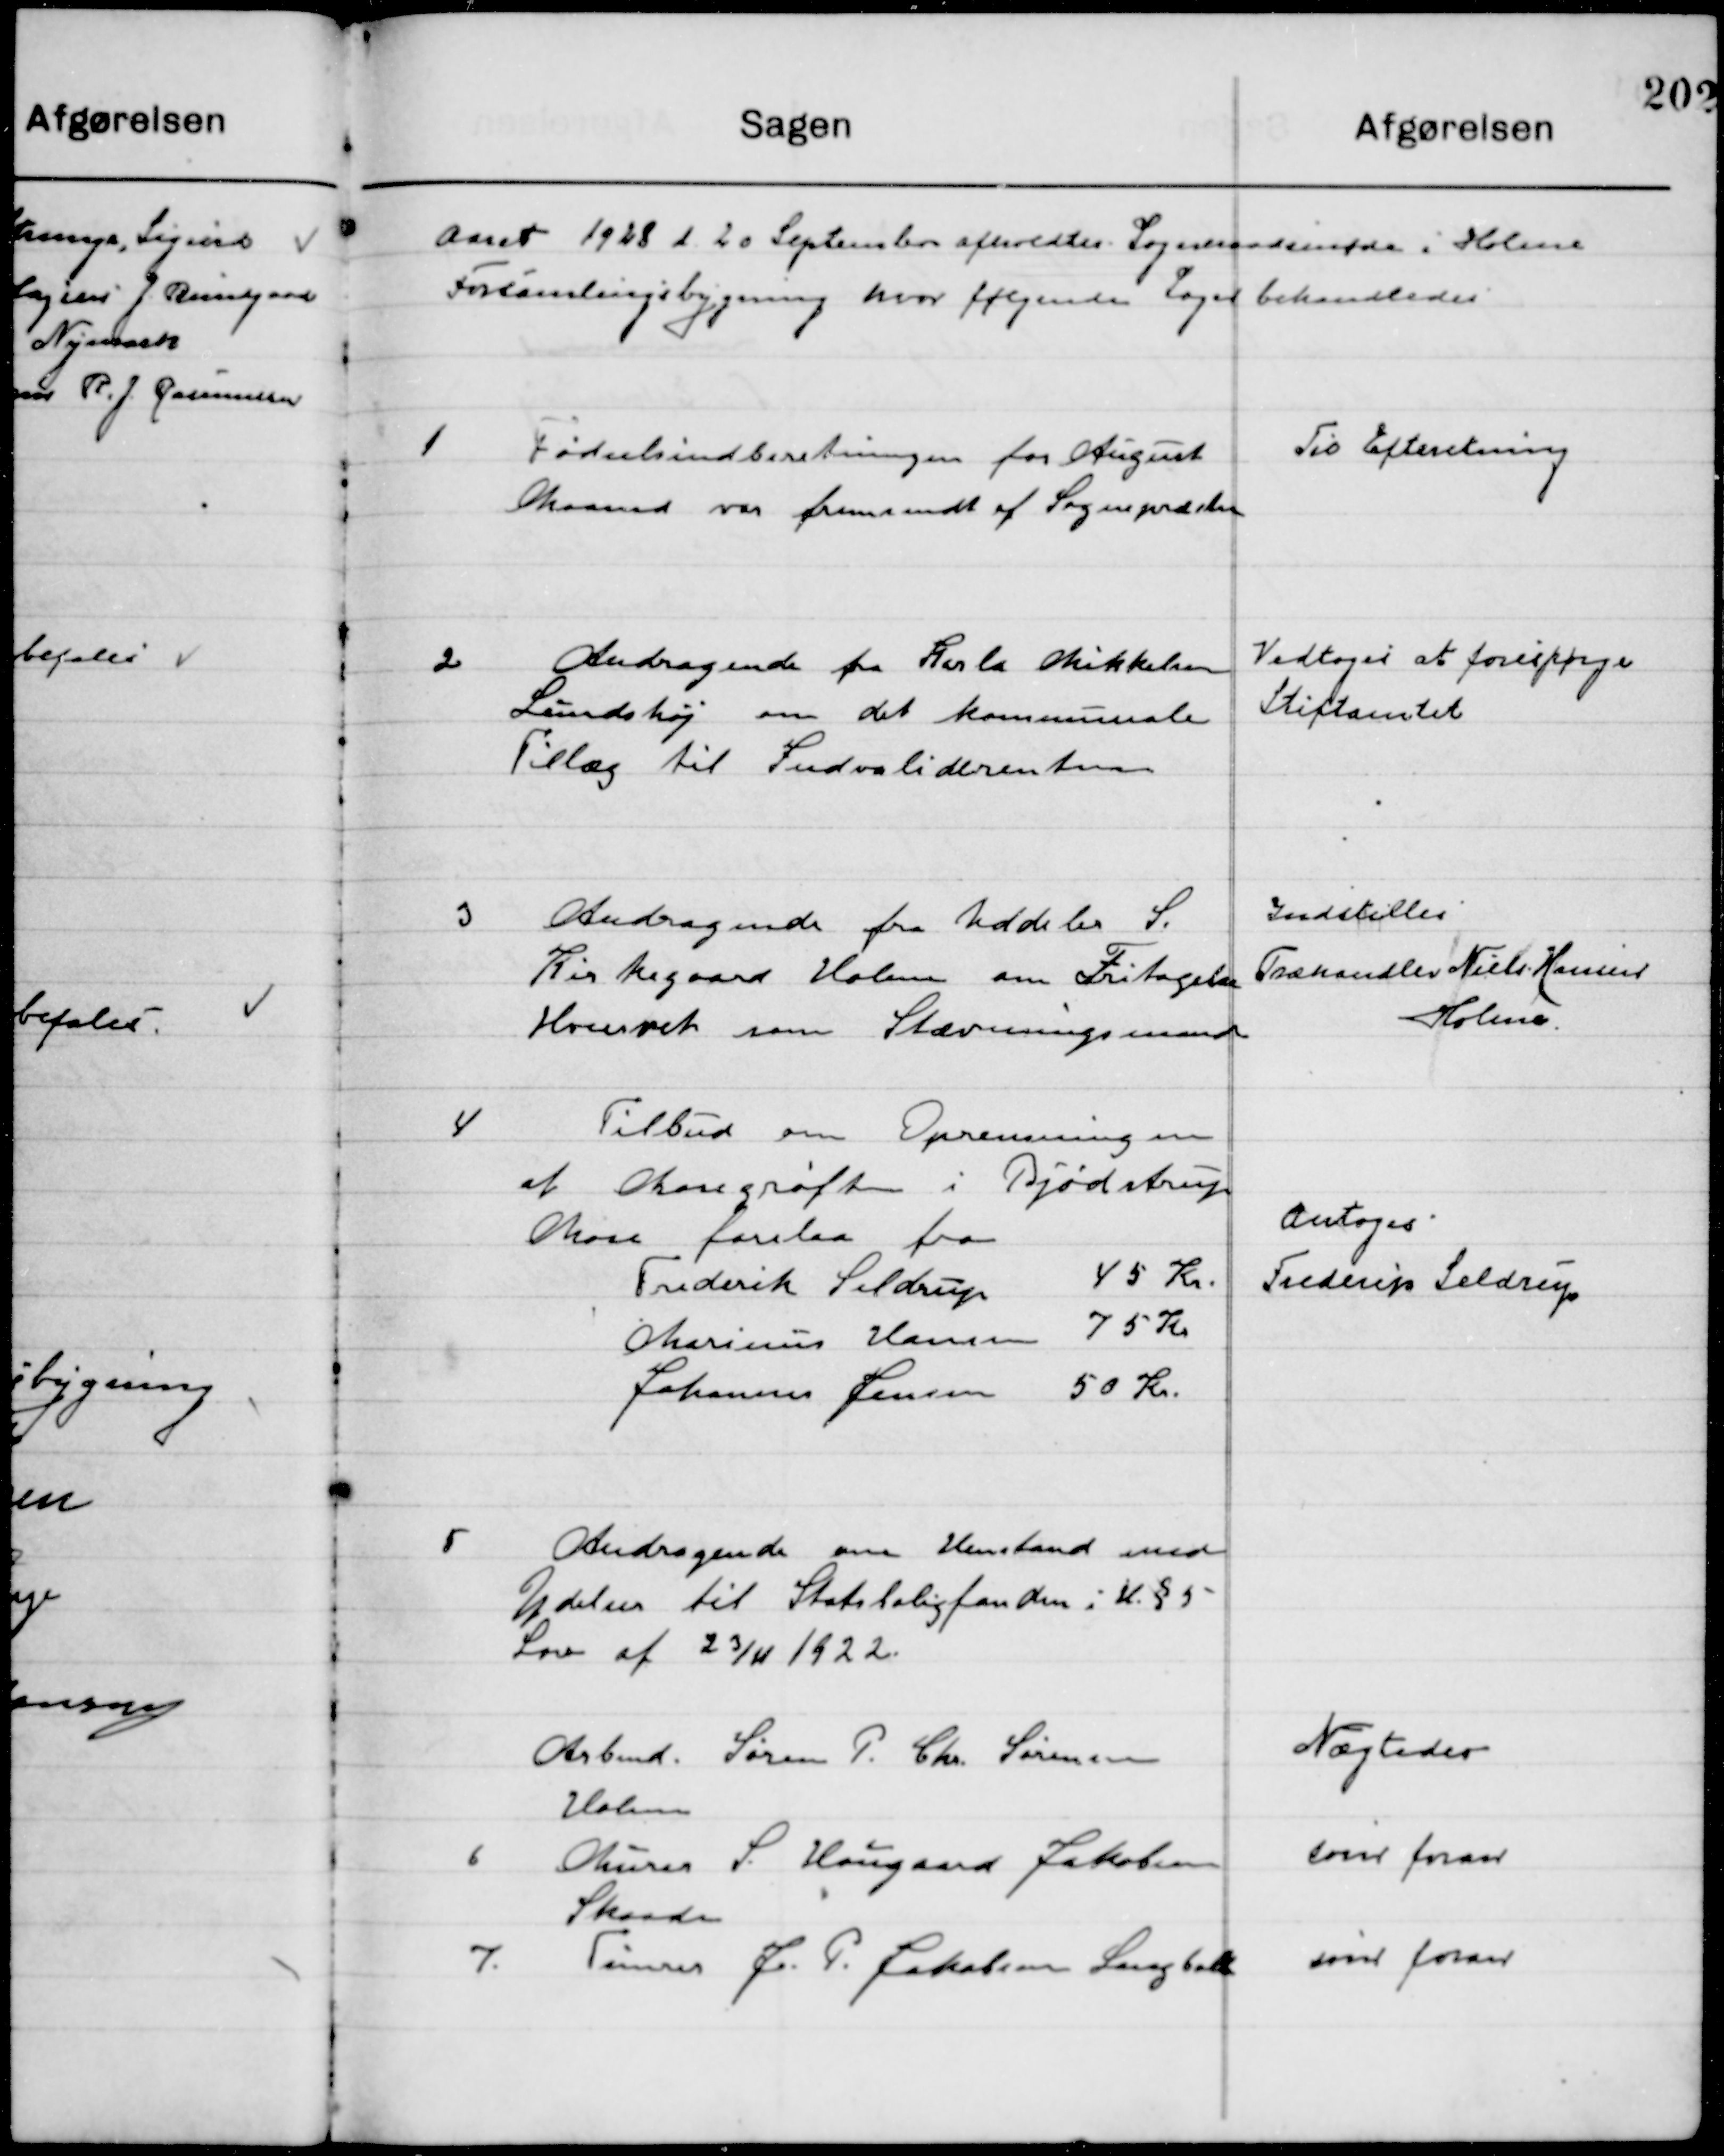
Transskription:
Aaret 1929 den 23de Maj  afholdt Sogneraadsmøde i Holme
Forsamlingsbygning hvor følgende Sager behandledes.

1

Fødselsindberetningen for August
Maaned var fremsendt fra Sognepræsten

Til Efterretning

2

Andragende fra Karla Mikkelsen
Sundshøj om det Kommunale
Tillæg til Invaliderenten

Vedtoges at forespørge
Stiftsamtet

3

Andragende fra Uddeler S.
Kirkegaard Holme om Fritagelse
Hvervet som Stævningsmand

Indstilles
Træhandler Niels Hansen
Holme

4

Tilbud om Oprensningen
af Mosegrøften i Bjødstrup
Mose forelaa fra
Frederik Seldrup
45 Kr.
Marius Hansen
75 Kr.
Johannes Jensen	
50 Kr.

Antoges
Frederik Seldrup

5

Andragende om Henstand med
Ydelsen til Statsboligfonden i H. § 5
Lov af 32/11 1922.

Arbmd. Søren P. Chr. Sørensen
Holme

Nægtes

6

Murer S. Hougaard Jakobsen
Skaade

Som foran

7

Tømrer J. P. Jakobsen Langballe

Som foran